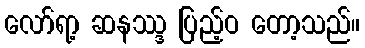
လော်ရာ့ ဆနဿ္ဒ ပြည့်ဝ တော့သည်။